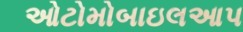
ઓટોમોબાઇલઆપ